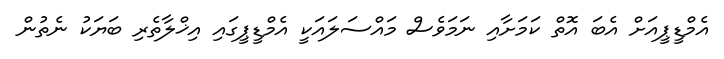
އެމްޑީޕީއަށް އެބަ އޮތް ކަމަށާއި ނަމަވެސް މައްސަލައަކީ އެމްޑީޕީގައި އިޚްލާތެރި ބަޔަކު ނެތުން